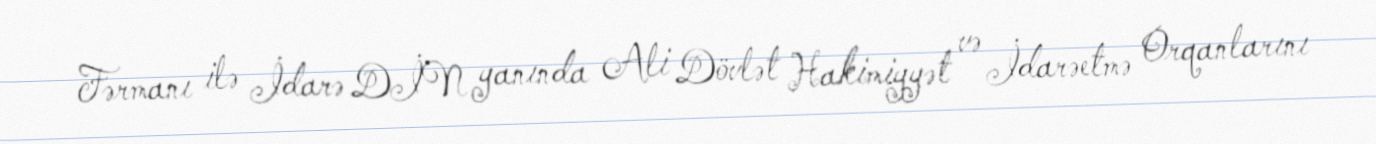
Fərmanı ilə İdarə DİN yanında Ali Dövlət Hakimiyyət və İdarəetmə Orqanlarını